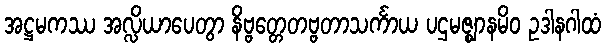
အဋ္ဌမကဿ အလ္လိယာပေတွာ နိဗ္ဗတ္တေတဗ္ဗတာသင်္ကာယ ပဌမဇ္ဈာနမိဝ ဥဒါနဂါထံ